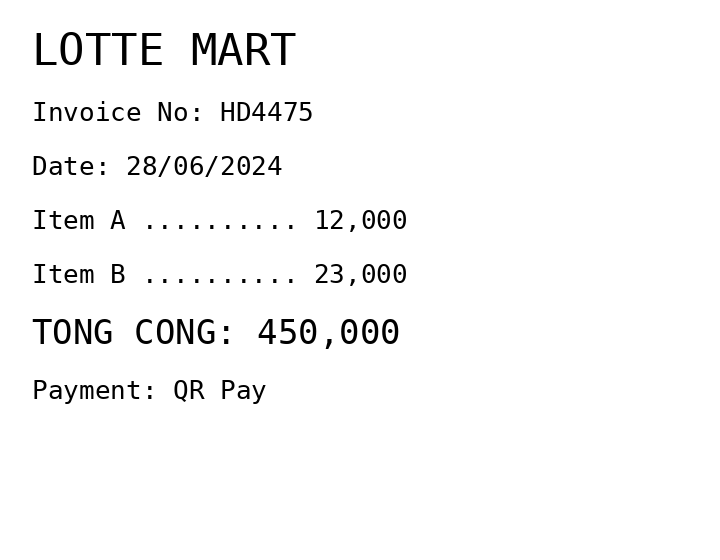
LOTTE MART
Invoice No: HD4475
Date: 28/06/2024
Item A .......... 12,000
Item B .......... 23,000
TONG CONG: 450,000
Payment: QR Pay
Merchant: lotte mart
Date: 2024-06-28
Total: 450000
Invoice No: HD4475
Payment method: QR